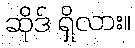
ဆိုဒ် ရှိလား။